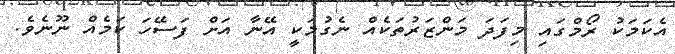
އެކަމަކު ރޯމްގައި މިފަދަ މަންޒަރުތަކެއް ނެގުމަކީ އޭނާ އަށް ފަސޭހަ ކަމެއް ނޫނެވެ.